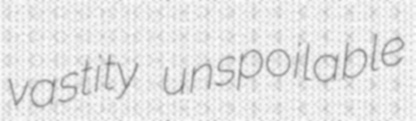
vastity unspoilable